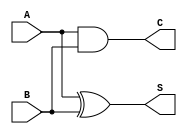
module half_adder (
    input wire A,    // First input
    input wire B,    // Second input
    output wire S,   // Sum output
    output wire C    // Carry output
);

// Sum output using XOR
assign S = A ^ B;

// Carry output using AND
assign C = A & B;

endmodule